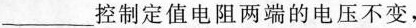
___控制定值电阻两端的电压不变，